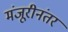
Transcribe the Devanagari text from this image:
मंजूरीनंतर